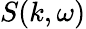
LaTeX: S(k,\omega)